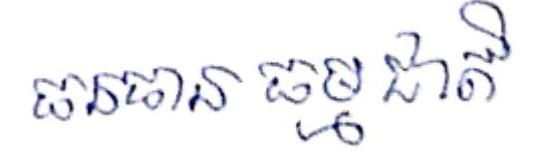
ធនធាន ធម្មជាតិ